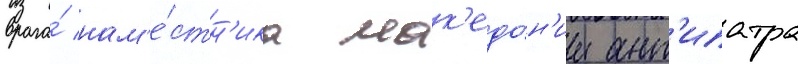
врага́ нам'е́стн'ика мак'едо́н'ии ант'ипатра